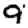
Digit: 9